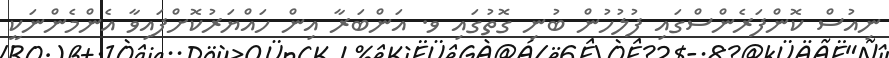
ނިއުސް ކޮންފަރެންސްގައި ފުލުހުން ބުނި ގޮތުގައި ވ. އަންބަރާ އިން ހައްޔަރުކޮށްފައިވާ އެންމެންނަކީ